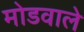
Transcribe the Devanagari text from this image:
मोडवाले